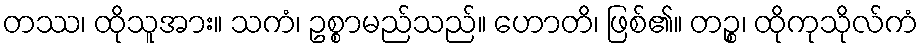
တဿ၊ ထိုသူအား။ သကံ၊ ဥစ္စာမည်သည်။ ဟောတိ၊ ဖြစ်၏။ တဉ္စ၊ ထိုကုသိုလ်ကံ